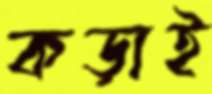
কড়াই